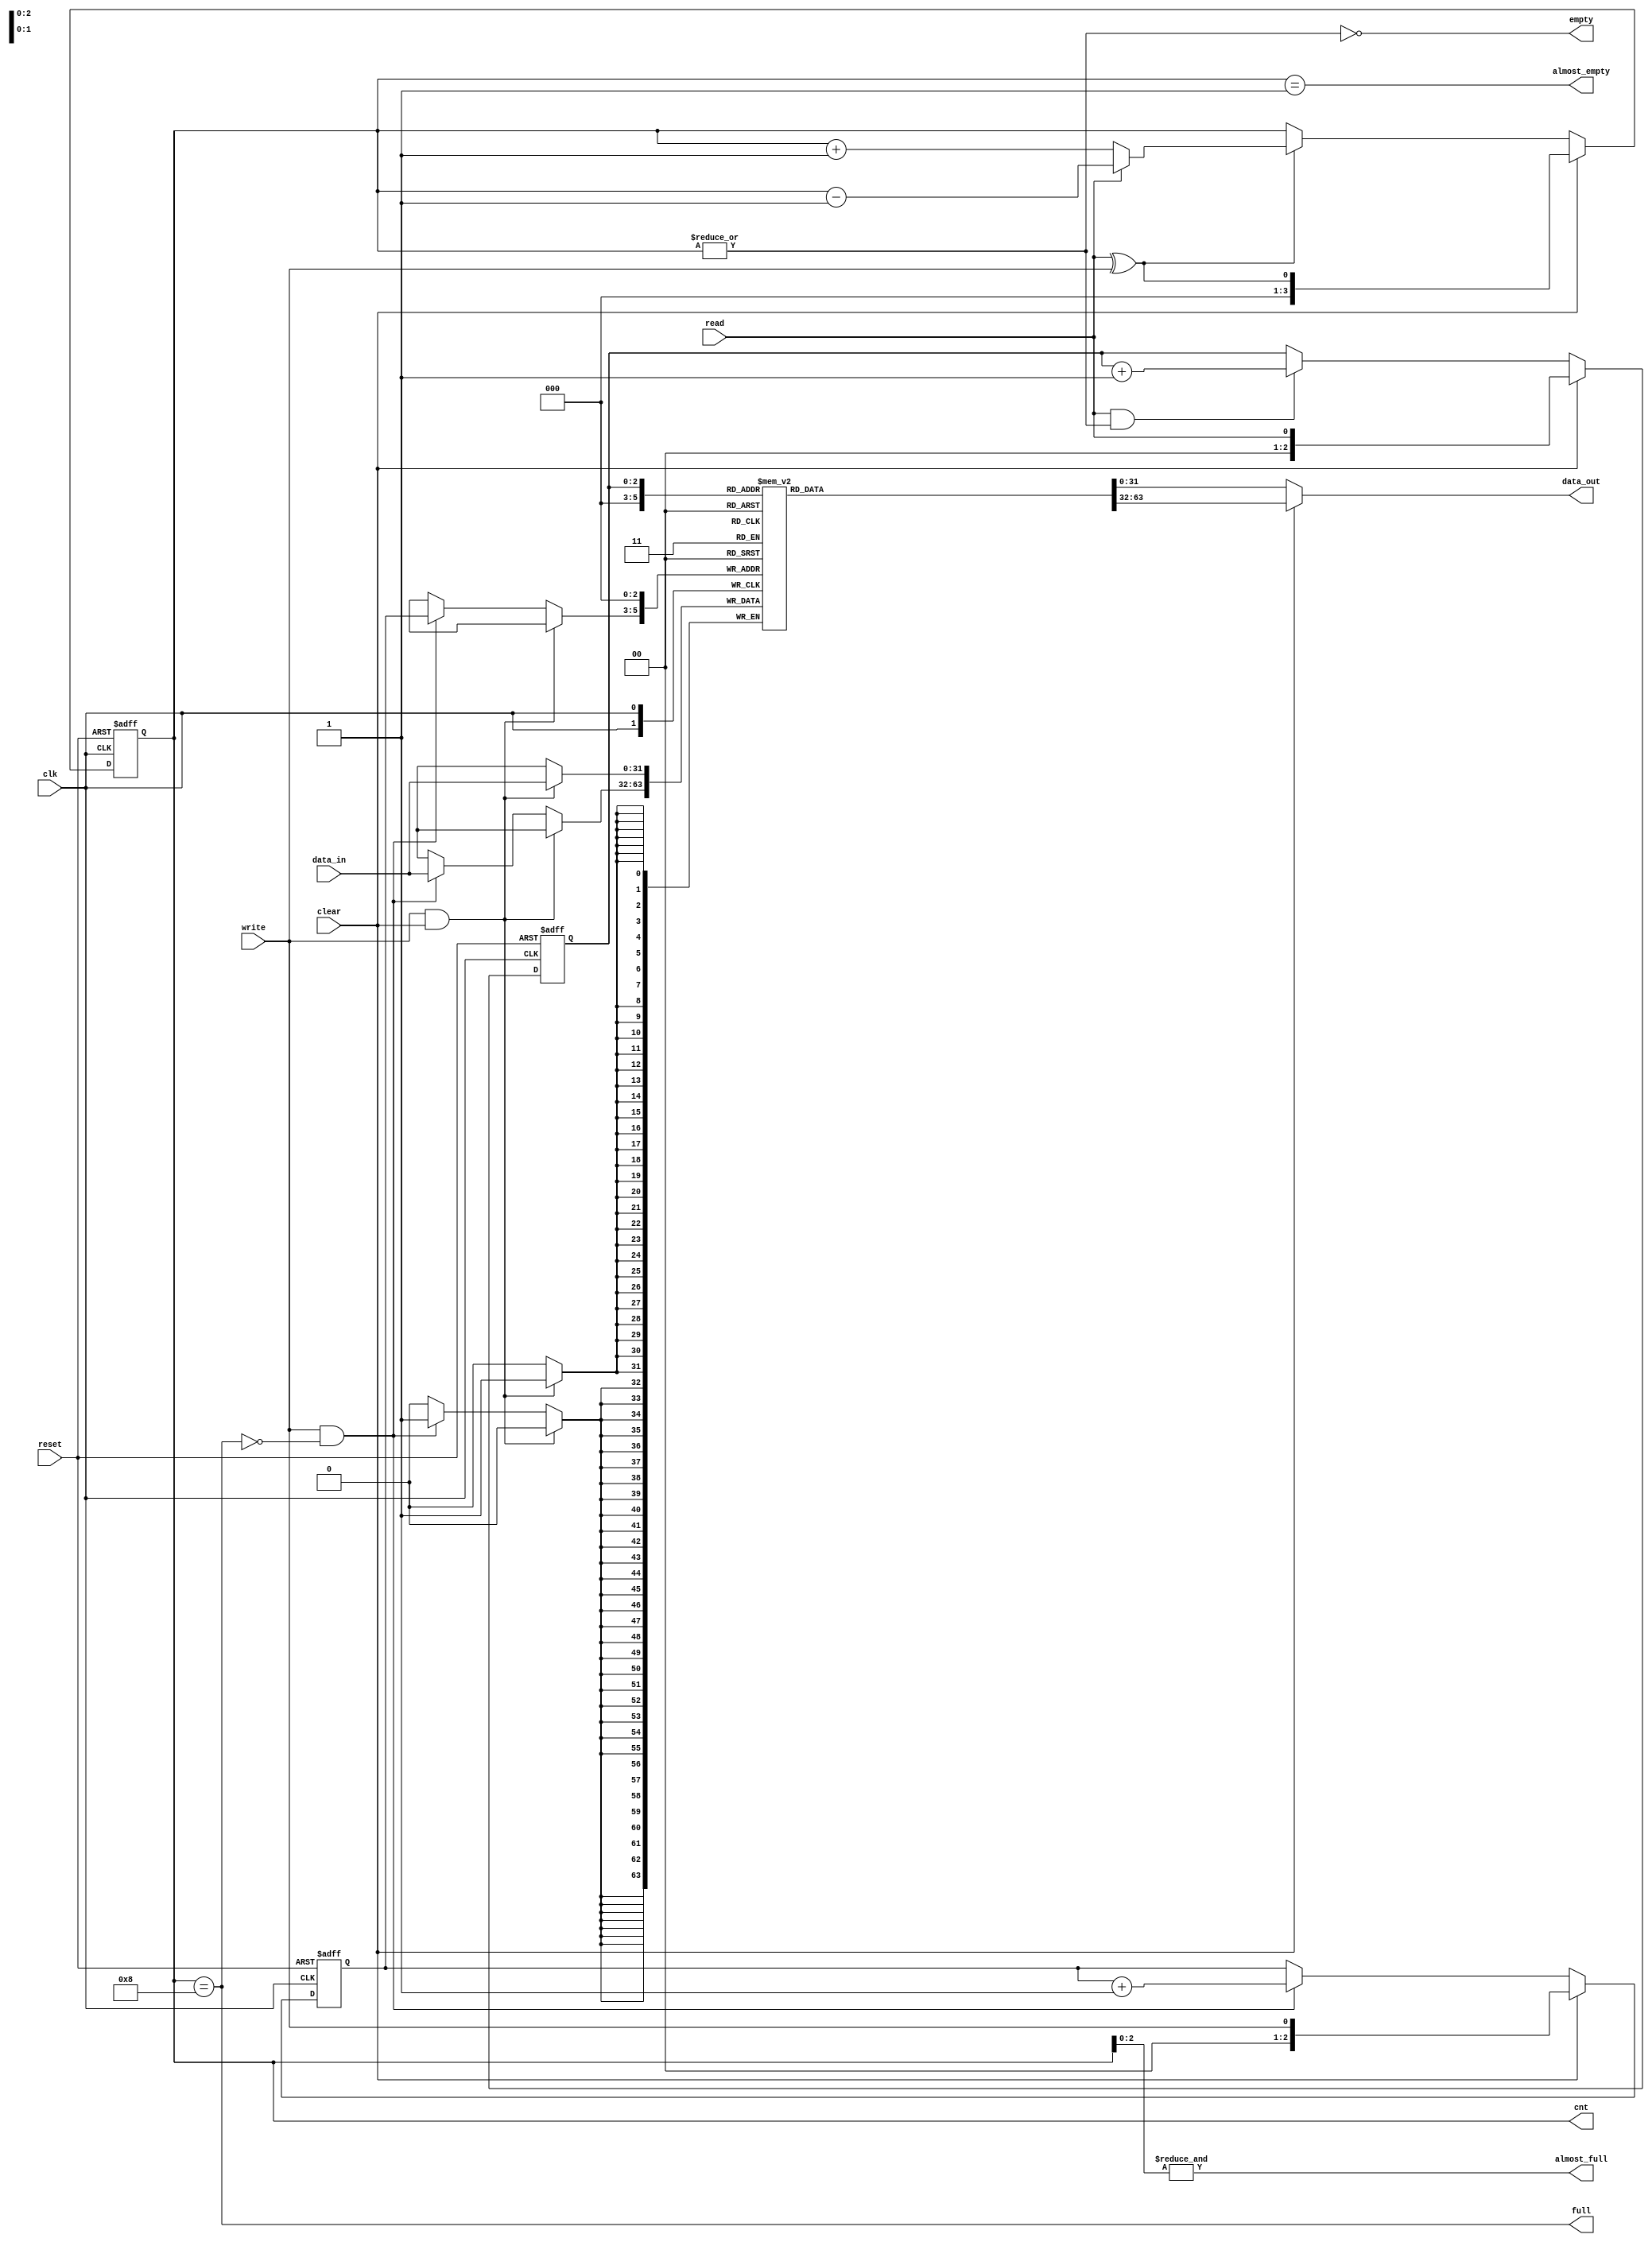
module eth_fifo (data_in, data_out, clk, reset, write, read, clear, almost_full, full, almost_empty, empty, cnt);

parameter DATA_WIDTH    = 32;
parameter DEPTH         = 8;
parameter CNT_WIDTH     = 4;

parameter Tp            = 1;

input                     clk;
input                     reset;
input                     write;
input                     read;
input                     clear;
input   [DATA_WIDTH-1:0]  data_in;

output  [DATA_WIDTH-1:0]  data_out;
output                    almost_full;
output                    full;
output                    almost_empty;
output                    empty;
output  [CNT_WIDTH-1:0]   cnt;

`ifdef ETH_FIFO_XILINX
`else
  reg     [DATA_WIDTH-1:0]  fifo  [0:DEPTH-1];
`endif

reg     [CNT_WIDTH-1:0]   cnt;
reg     [CNT_WIDTH-2:0]   read_pointer;
reg     [CNT_WIDTH-2:0]   write_pointer;


always @ (posedge clk or posedge reset)
begin
  if(reset)
    cnt <=#Tp 0;
  else
  if(clear)
    cnt <=#Tp { {(CNT_WIDTH-1){1'b0}}, read^write};
  else
  if(read ^ write)
    if(read)
      cnt <=#Tp cnt - 1'b1;
    else
      cnt <=#Tp cnt + 1'b1;
end

always @ (posedge clk or posedge reset)
begin
  if(reset)
    read_pointer <=#Tp 0;
  else
  if(clear)
    read_pointer <=#Tp { {(CNT_WIDTH-2){1'b0}}, read};
  else
  if(read & ~empty)
    read_pointer <=#Tp read_pointer + 1'b1;
end

always @ (posedge clk or posedge reset)
begin
  if(reset)
    write_pointer <=#Tp 0;
  else
  if(clear)
    write_pointer <=#Tp { {(CNT_WIDTH-2){1'b0}}, write};
  else
  if(write & ~full)
    write_pointer <=#Tp write_pointer + 1'b1;
end

assign empty = ~(|cnt);
assign almost_empty = cnt == 1;
assign full  = cnt == DEPTH;
assign almost_full  = &cnt[CNT_WIDTH-2:0];



`ifdef ETH_FIFO_XILINX
  xilinx_dist_ram_16x32 fifo
  ( .data_out(data_out), 
    .we(write & ~full),
    .data_in(data_in),
    .read_address( clear ? {CNT_WIDTH-1{1'b0}} : read_pointer),
    .write_address(clear ? {CNT_WIDTH-1{1'b0}} : write_pointer),
    .wclk(clk)
  );
`else
  always @ (posedge clk)
  begin
    if(write & clear)
      fifo[0] <=#Tp data_in;
    else
   if(write & ~full)
      fifo[write_pointer] <=#Tp data_in;
  end
  
  assign data_out = clear ? fifo[0] : fifo[read_pointer];
`endif


endmodule